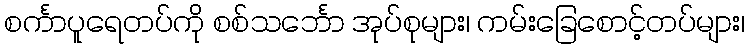
စင်္ကာပူရေတပ်ကို စစ်သင်္ဘော အုပ်စုများ၊ ကမ်းခြေစောင့်တပ်များ၊